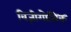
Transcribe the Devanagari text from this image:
विज़ीगोथिक